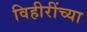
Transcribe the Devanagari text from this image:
विहीरींच्या